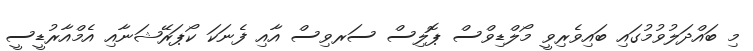
މި ބައްދަލުވުމުގައި ބައިވެރިވީ މޯލްޑިވްސް ޕޮލިސް ސަރވިސް އާއި ފެނަކަ ކޯޕަރޭޝަނާއި އެމްއާރުޑީސީ